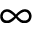
\infty